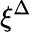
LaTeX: \xi^{\Delta}